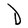
Character: D